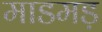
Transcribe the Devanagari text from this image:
माडमड़